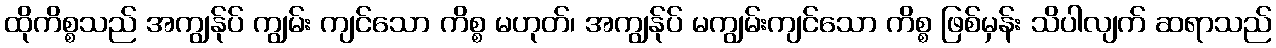
ထိုကိစ္စသည် အကျွန်ုပ် ကျွမ်း ကျင်သော ကိစ္စ မဟုတ်၊ အကျွန်ုပ် မကျွမ်းကျင်သော ကိစ္စ ဖြစ်မှန်း သိပါလျက် ဆရာသည်